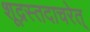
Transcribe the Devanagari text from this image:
शूद्रस्तदाचरेत्